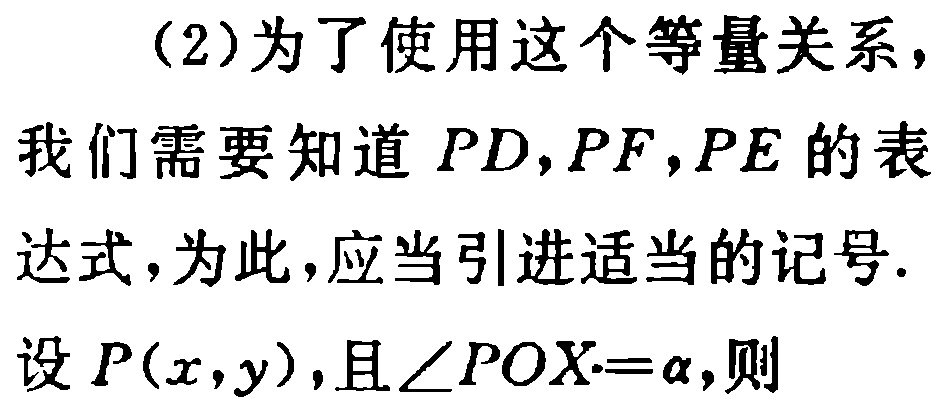
(2)为了使用这个等量关系，
我们需要知道 \(PD,PF,PE\) 的表
达式，为此，应当引进适当的记号.
设 \(P(x,y)\)，且 \(\angle POX=\alpha\)，则